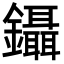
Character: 鑷